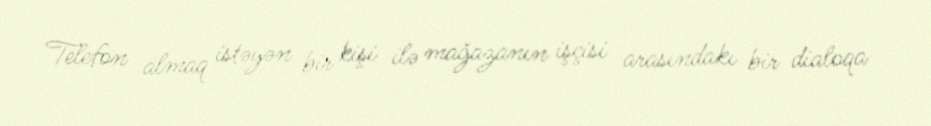
Telefon almaq istəyən bir kişi ilə mağazanın işçisi arasındakı bir dialoqa